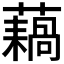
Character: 𫊇